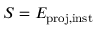
S = E _ { \mathrm { p r o j , i n s t } }